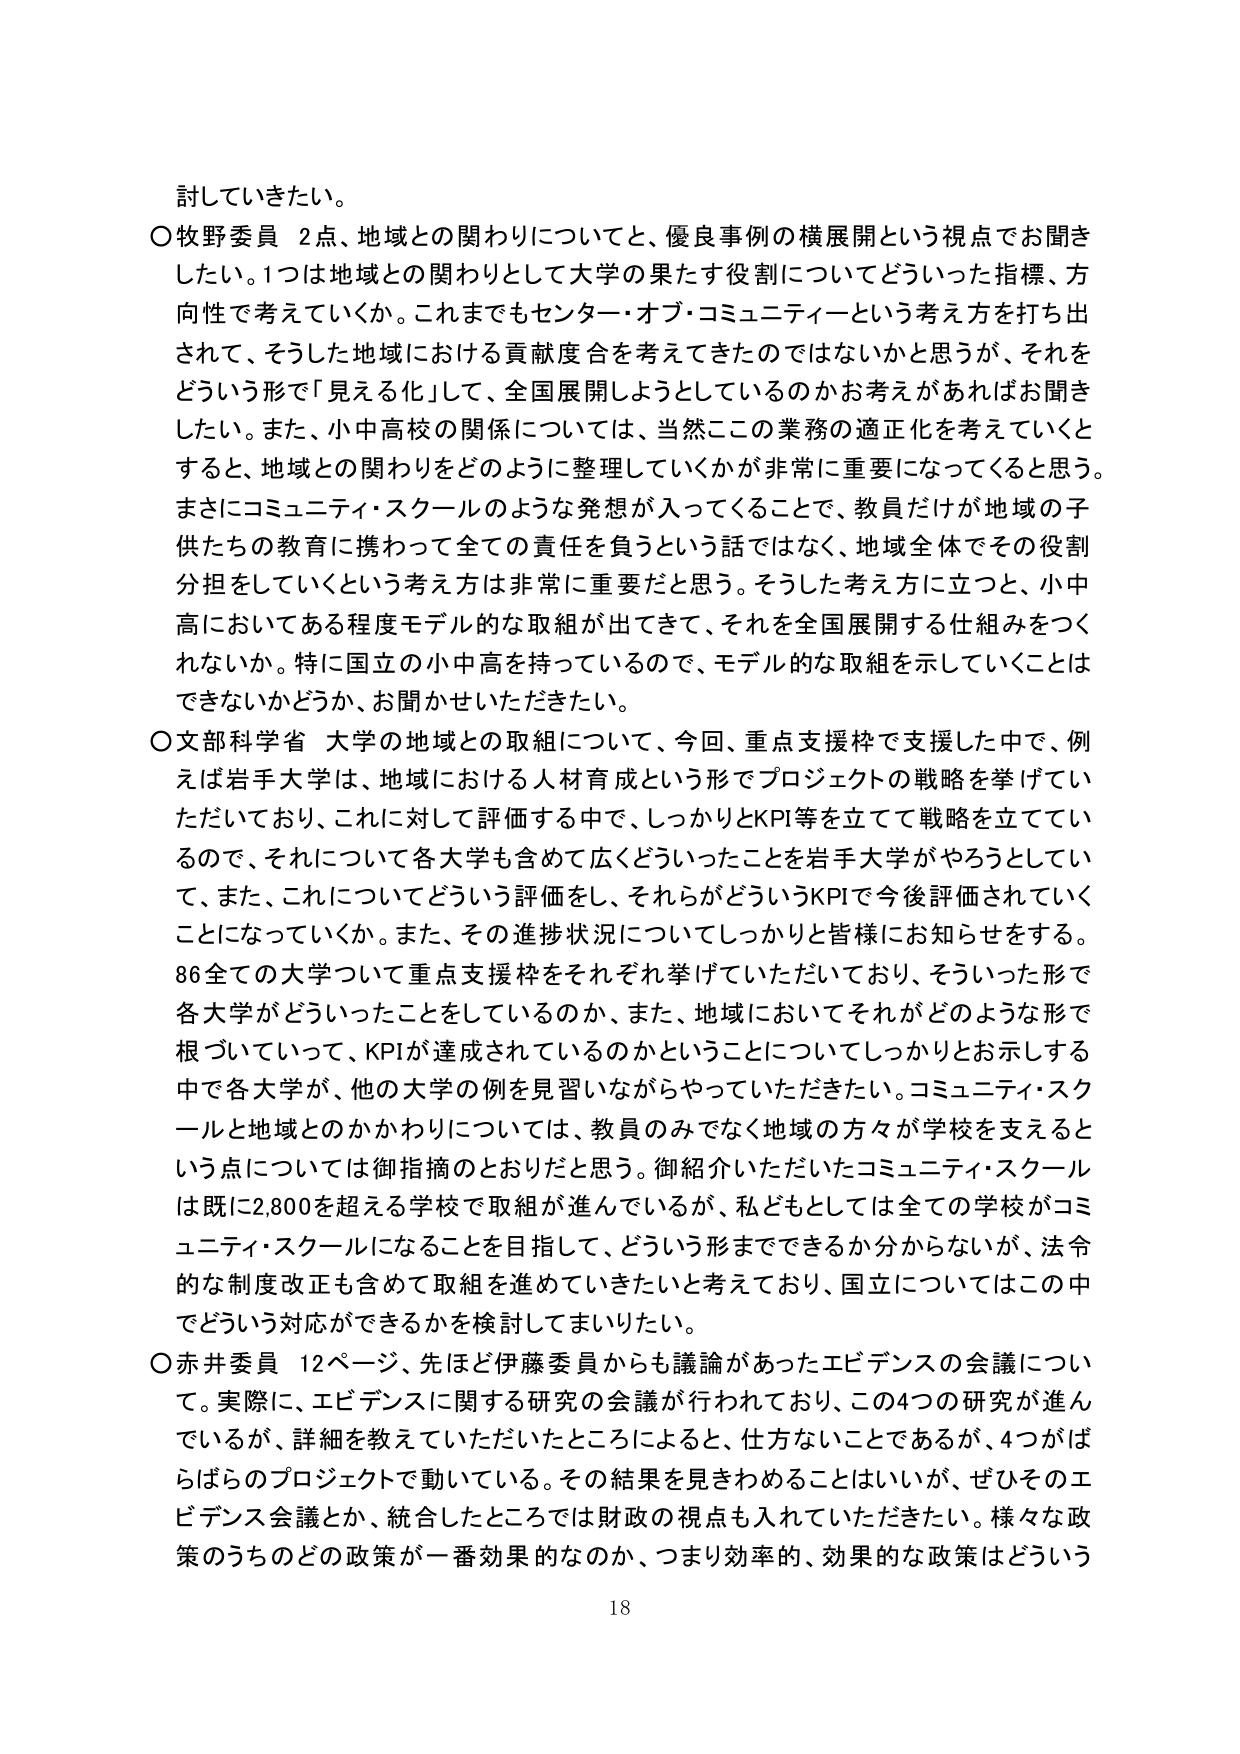
討していきたい。

○牧野委員　2点、地域との関わりについてと、優良事例の横展開という視点でお聞きしたい。1つは地域との関わりとして大学の果たす役割についてどういった指標、方向性で考えていくか。これまでもセンター・オブ・コミュニティという考え方を打ち出されて、そうした地域における貢献度合を考えてきたのではないかと思うが、それをどういう形で「見える化」して、全国展開しようとしているのかお考えがあればお聞きしたい。また、小中高校の関係については、当然この業務の適正化を考えていくとすると、地域との関わりをどのように整理していくかが非常に重要になってくると思う。まさにコミュニティ・スクールのような発想が入ってくることで、教員だけが地域の子供たちの教育に携わって全ての責任を負うという話ではなく、地域全体でその役割分担をしていくという考え方は非常に重要だと思う。そうした考え方に立つと、小中高においてある程度モデル的な取組が出てきて、それを全国展開する仕組みをつくれないか。特に国立の小中高を持っているので、モデル的な取組を示していくことはできないかどうか、お聞かせいただきたい。

○文部科学省　大学の地域との取組について、今回、重点支援枠で支援した中で、例えば岩手大学は、地域における人材育成という形でプロジェクトの戦略を挙げていただいており、これに対して評価する中で、しっかりとKPI等を立てて戦略を立てているので、それについて各大学も含めて広くどういったことを岩手大学がやろうとしていて、また、これについてどういう評価をし、それらがどういうKPIで今後評価されていくことになっていくか。また、その進捗状況についてしっかりと皆様にお知らせをする。86全ての大学ついて重点支援枠をそれぞれ挙げていただいており、そういった形で各大学がどういったことをしているのか、また、地域においてそれがどのような形で根づいていって、KPIが達成されているのかということについてしっかりとお示しする中で各大学が、他の大学の例を見習いながらやっていただきたい。コミュニティ・スクールと地域とのかかわりについては、教員のみでなく地域の方々が学校を支えるという点については御指摘のとおりだと思う。御紹介いただいたコミュニティ・スクールは既に2,800を超える学校で取組が進んでいるが、私どもとしては全ての学校がコミュニティ・スクールになることを目指して、どういう形までできるか分からないが、法令的な制度改正も含めて取組を進めていきたいと考えており、国立についてはこの中でどういう対応ができるかを検討してまいりたい。

○赤井委員　12ページ、先ほど伊藤委員からも議論があったエビデンスの会議について。実際に、エビデンスに関する研究の会議が行われており、この4つの研究が進んでいるが、詳細を教えていただいたところによると、仕方ないことであるが、4つがばらばらのプロジェクトで動いている。その結果を見きわめることはいいが、ぜひそのエビデンス会議とか、統合したところでは財政の視点も入れていただきたい。様々な政策のうちのどの政策が一番効果的なのか、つまり効率的、効果的な政策はどういう

18